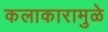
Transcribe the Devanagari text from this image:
कलाकारामुळे